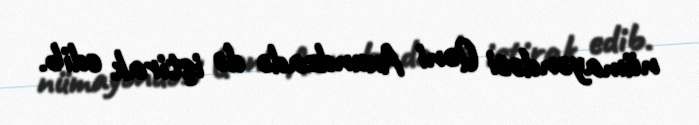
nümayəndəsi Qəni Axundzadə də iştirak edib.